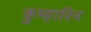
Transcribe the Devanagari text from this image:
कुम्हारिन